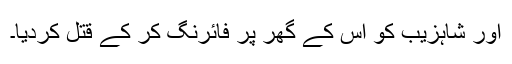
اور شاہزیب کو اس کے گھر پر فائرنگ کر کے قتل کردیا۔